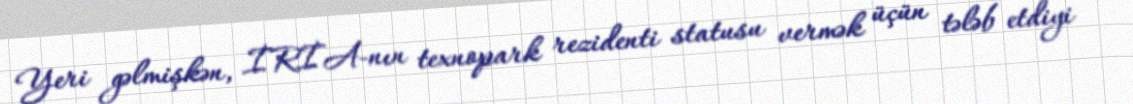
Yeri gəlmişkən, İRİA-nın texnopark rezidenti statusu vermək üçün tələb etdiyi